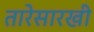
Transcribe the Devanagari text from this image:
तारेसारखी